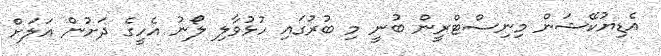
އެޑިޔުކޭޝަން މިނިސްޓްރީން ބުނީ މި ބުރުގައި ހުޅުވާލި ލޯނު އެހީގެ ދަށުން އަލަށް